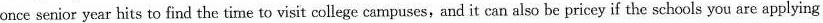
once senior year hits to find the time to visit college campuses,and it can also be pricey if the schools you are applying